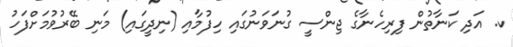
ކ. އަދި ކަނާތުން ފިރިހެނާގެ ޖިންސީ ގުނަވަނުގައި ހިފުމާއި (ނިދީގައި) މަނި ބޭރުވުމަށްފަހު